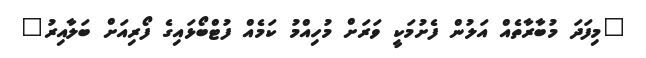
"މިފަދަ މުބާރާތެއް އަލުން ފެށުމަކީ ވަރަށް މުހިއްމު ކަމެއް ފުޓްބޯޅައިގެ ފޯރިއަށް ބަލާއިރު"